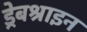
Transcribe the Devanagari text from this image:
ड्रेबश्राइन